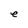
Character: e